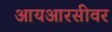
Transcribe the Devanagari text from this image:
आयआरसीवर